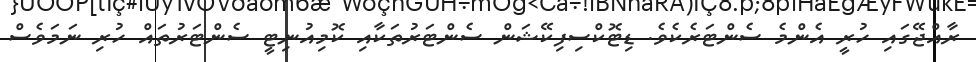
ރާއްޖޭގައި ހުރީ އެންމެ ސެންޓަރެކެވެ. ޑިޓޮކްސިފިކޭޝަން ސެންޓަރުތަކާއި ކޮމިއުނިޓީ ސެންޓަރުތައް ހުރި ނަމަވެސް